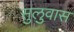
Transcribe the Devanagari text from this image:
सुलुवास